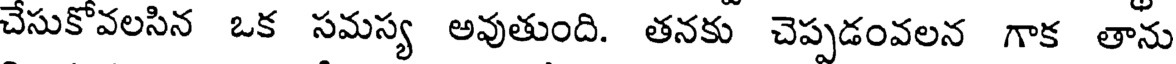
చేసుకోవలసిన ఒక సమస్య అవుతుంది. తనకు చెప్పడంవలన గాక తాను